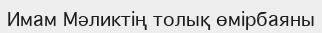
Имам Мәликтің толық өмірбаяны